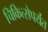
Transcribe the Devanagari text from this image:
चिकित्सेपर्यंत